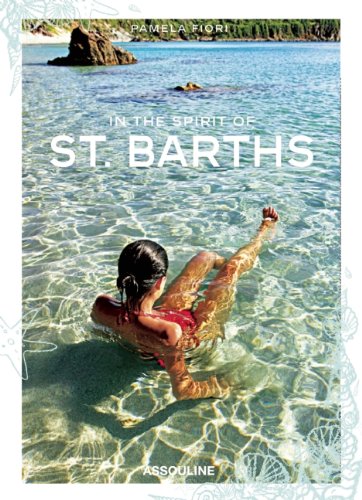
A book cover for In the Spirit of St Barths; Pamela Fiori; Travel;